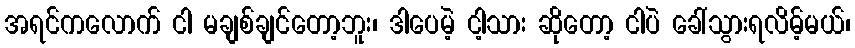
အရင်ကလောက် ငါ မချစ်ချင်တော့ဘူး၊ ဒါပေမဲ့ ငါ့သား ဆိုတော့ ငါပဲ ခေါ်သွားရလိမ့်မယ်၊